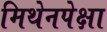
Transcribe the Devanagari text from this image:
मिथेनपेक्षा